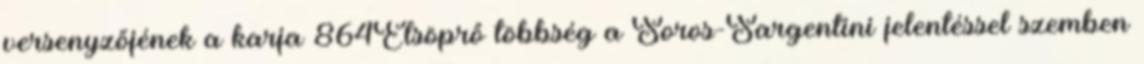
versenyzőjének a karja 864Elsöprő többség a Soros-Sargentini jelentéssel szemben